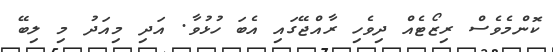
ކޮންމެވެސް ރިޒޯޓެއް ދިވެހި ރާއްޖޭގައި އެބަ ހުޅުވާ. އަދި މިއަދު މި ލިބޭ